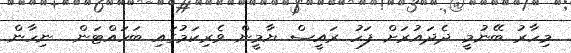
މިހާރު ބޭނުމީ ދެދައުރަށް ފަހު ރައީސް ޔާމީން ވެރިކަމުގައި ބަހައްޓަން  ނިހާން